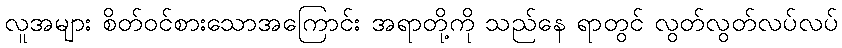
လူအများ စိတ်ဝင်စားသောအကြောင်း အရာတို့ကို သည်နေ ရာတွင် လွတ်လွတ်လပ်လပ်